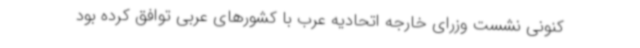
کنونی نشست وزرای خارجه اتحادیه عرب با کشورهای عربی توافق کرده بود